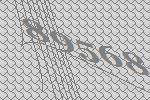
89568